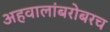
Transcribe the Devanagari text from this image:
अहवालांबरोबरच